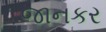
જાનકર